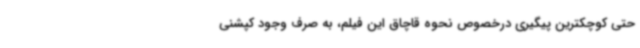
حتی کوچکترین پیگیری درخصوص نحوه قاچاق این فیلم، به صرف وجود کپشنی